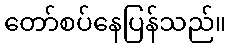
တော်စပ်နေပြန်သည်။